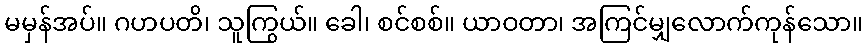
မမှန်အပ်။ ဂဟပတိ၊ သူကြွယ်။ ခေါ၊ စင်စစ်။ ယာဝတာ၊ အကြင်မျှလောက်ကုန်သော။